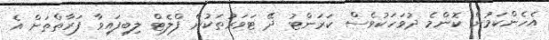
އެހެންކަމުން ކޮންމެ ދުވަހަކުވެސް ކަރަންޓު ދޭ ޓަވަރުތަކުން ފްލެޓް ލިބިފައިވާ ފަރާތްތަށް އެ